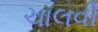
ચાલવી